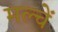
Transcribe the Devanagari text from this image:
मल्चें